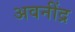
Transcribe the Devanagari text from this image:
अवनींद्र